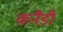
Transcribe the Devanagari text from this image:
कनैडी